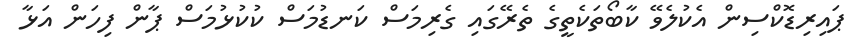
ޕައިރިޑޮކްސިން އެކުލެވޭ ކާބޯތަކެތީގެ ތެރޭގައި ގެރިމަސް ކަނޑުމަސް ކުކުޅުމަސް ޕާން ފިހަން އަޅާ